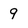
Character: 9